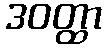
ဒဝတ္ထာ